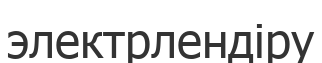
электрлендіру